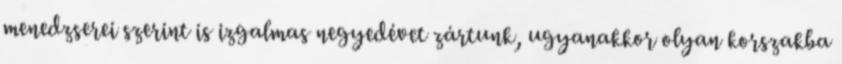
menedzserei szerint is izgalmas negyedévet zártunk, ugyanakkor olyan korszakba